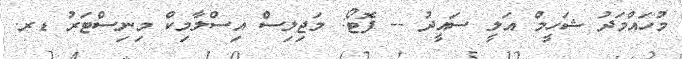
މުހައްމަދު ޝަހީމް އަލީ ސައީދު -- ފޮޓޯ: މަޖިލިސް އިސްލާމިކް މިނިސްޓަރު ޑރ.